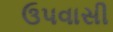
ઉપવાસી